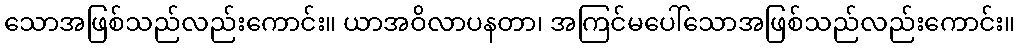
သောအဖြစ်သည်လည်းကောင်း။ ယာအဝိလာပနတာ၊ အကြင်မပေါ်သောအဖြစ်သည်လည်းကောင်း။